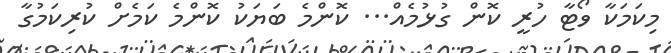
މިކަމަކާ ވޯޓާ ހުރީ ކޮން ގުޅުމެއް... ކޮންމެ ބަޔަކު ކޮންމެ ކަމެށް ކުރިކަމުގާ